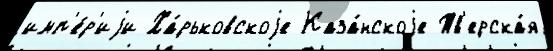
имп'е́р'иjи Ха́рьковскоjе Каза́нскоjе Тв'ерска́я